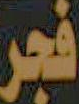
فجر